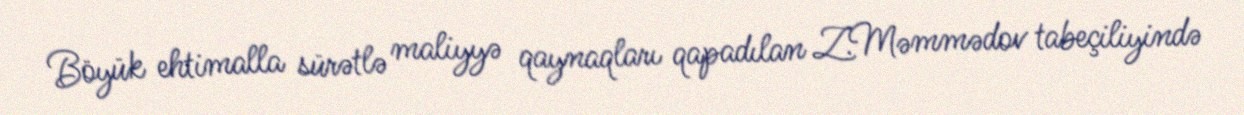
Böyük ehtimalla sürətlə maliyyə qaynaqları qapadılan Z.Məmmədov tabeçiliyində